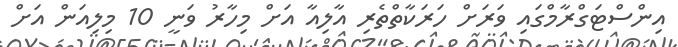
އިންސްޓަގްރާމްގައި ވަރަށް ހަރަކާތްތެރި އާލިއާ އަށް މިހާރު ވަނީ 10 މިލިއަން އަށް